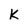
Character: k